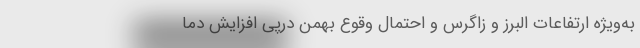
به‌ویژه ارتفاعات البرز و زاگرس و احتمال وقوع بهمن درپی افزایش دما